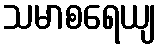
သမာစရေယျ